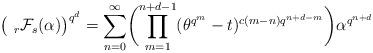
LaTeX: \begin{align*}\bigl(~_r\mathcal{F}_s(\alpha)\bigr)^{q^d}=\sum_{n=0}^{\infty}\biggl(\prod_{m=1}^{n+d-1}(\theta^{q^m}-t)^{c(m-n)q^{n+d-m}}\biggr)\alpha^{q^{n+d}}\end{align*}